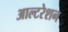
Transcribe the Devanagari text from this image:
आल्टरेशन